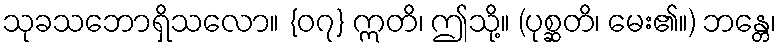
သုခသဘောရှိသလော။ {၀၇} ဣတိ၊ ဤသို့။ (ပုစ္ဆတိ၊ မေး၏။) ဘန္တေ၊